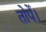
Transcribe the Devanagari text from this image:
तोपें।